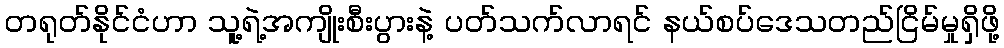
တရုတ်နိုင်ငံဟာ သူ့ရဲ့အကျိုးစီးပွားနဲ့ ပတ်သက်လာရင် နယ်စပ်ဒေသတည်ငြိမ်မှုရှိဖို့